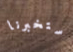
ستخبرنا